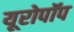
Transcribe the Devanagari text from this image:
यूरोपॉप